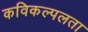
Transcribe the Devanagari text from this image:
कविकल्पलता